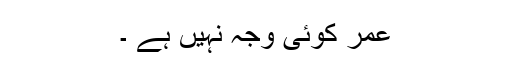
عمر کوئی وجہ نہیں ہے ۔